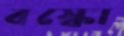
বস্কো